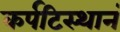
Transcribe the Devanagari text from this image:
कर्पटिस्थानं